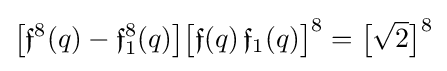
{\big [}{\mathfrak {f}}^{8}(q)-{\mathfrak {f}}_{1}^{8}(q){\big ]}{\big [}{\mathfrak {f}}(q)\,{\mathfrak {f}}_{1}(q){\big ]}^{8}={\big [}{\sqrt {2}}{\big ]}^{8}